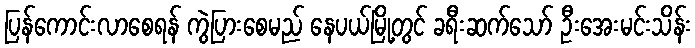
ပြန်ကောင်းလာစေရန် ကွဲပြားစေမည် နေပယ်မြို့တွင် ခရီးဆက်သော် ဦးအေးမင်းသိန်း